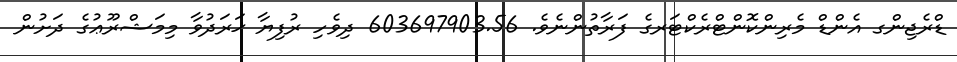
ޑްރެޖިންގ އެންޑް މެރިންކޮންޓްރެކްޓަރގެ ފަރާތުންނެވެ. 603697903.56 ދިވެހި ރުފިޔާ ޚަރަދުވާ މިމަޝްރޫޢުގެ ދަށުން